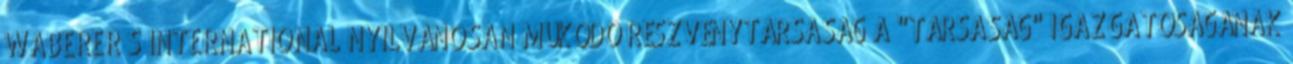
WABERER S INTERNATIONAL NYILVÁNOSAN MŰKÖDŐ RÉSZVÉNYTÁRSASÁG A "TÁRSASÁG" IGAZGATÓSÁGÁNAK